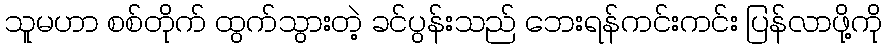
သူမဟာ စစ်တိုက် ထွက်သွားတဲ့ ခင်ပွန်းသည် ဘေးရန်ကင်းကင်း ပြန်လာဖို့ကို